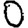
Digit: 0